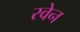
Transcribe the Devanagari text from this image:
रवेन